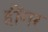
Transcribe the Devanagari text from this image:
हींगर